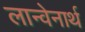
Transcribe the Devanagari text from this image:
लान्वेनार्थ